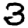
Digit: 3